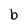
Character: b